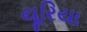
યૂરિયા